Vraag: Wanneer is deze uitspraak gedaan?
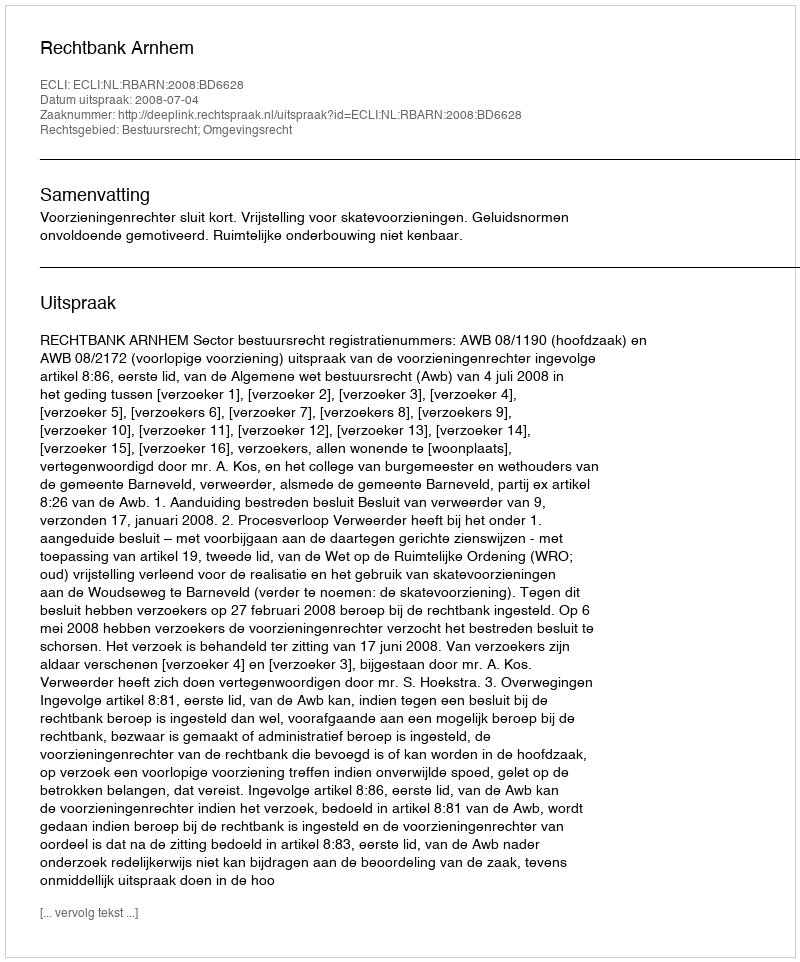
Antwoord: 2008-07-04